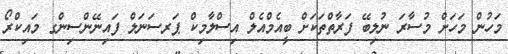
މަހުން މަހަށް މުސާރަ ނުލިބޭ ފަރާތްތަކަށް ބީއެމްއެލް އިސްލާމިކް ޕަރސަނަލް ފައިނޭންސިންގ މައިކްރޯ